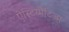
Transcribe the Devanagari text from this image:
ऐस्टिग्मैटिज्म